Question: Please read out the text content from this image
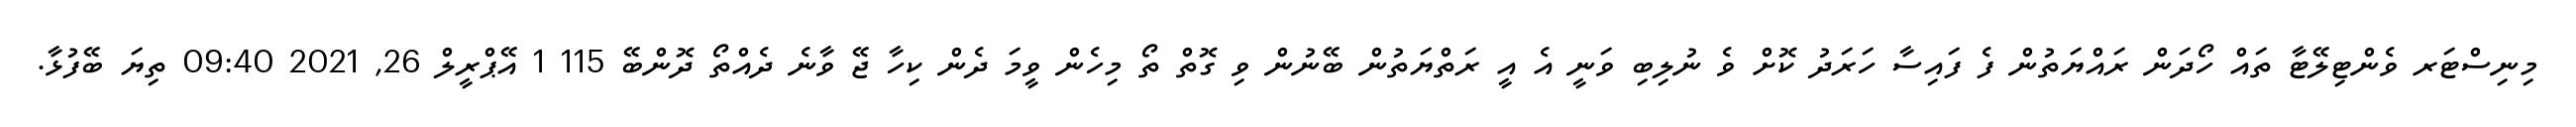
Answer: މިނިސްޓަރ ވެންޓިލޭޓާ ތައް ހޯދަން ރައްޔަތުން ފެ ފައިސާ ހަރަދު ކޮށް ވެ ނުލިބި ވަނީ އެ އީ ރަތްޔަތުން ބޭނުން ވި ގޮތް ތޯ މިހެން ވީމަ ދެން ކިހާ ޖޭ ވާނެ ދެއްތޯ ދޮންބޭ 115 1 އޭޕްރީލް 26, 2021 09:40 ތިޔަ ބޭފުޅާ.